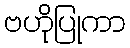
ဗဟိုပြုကာ